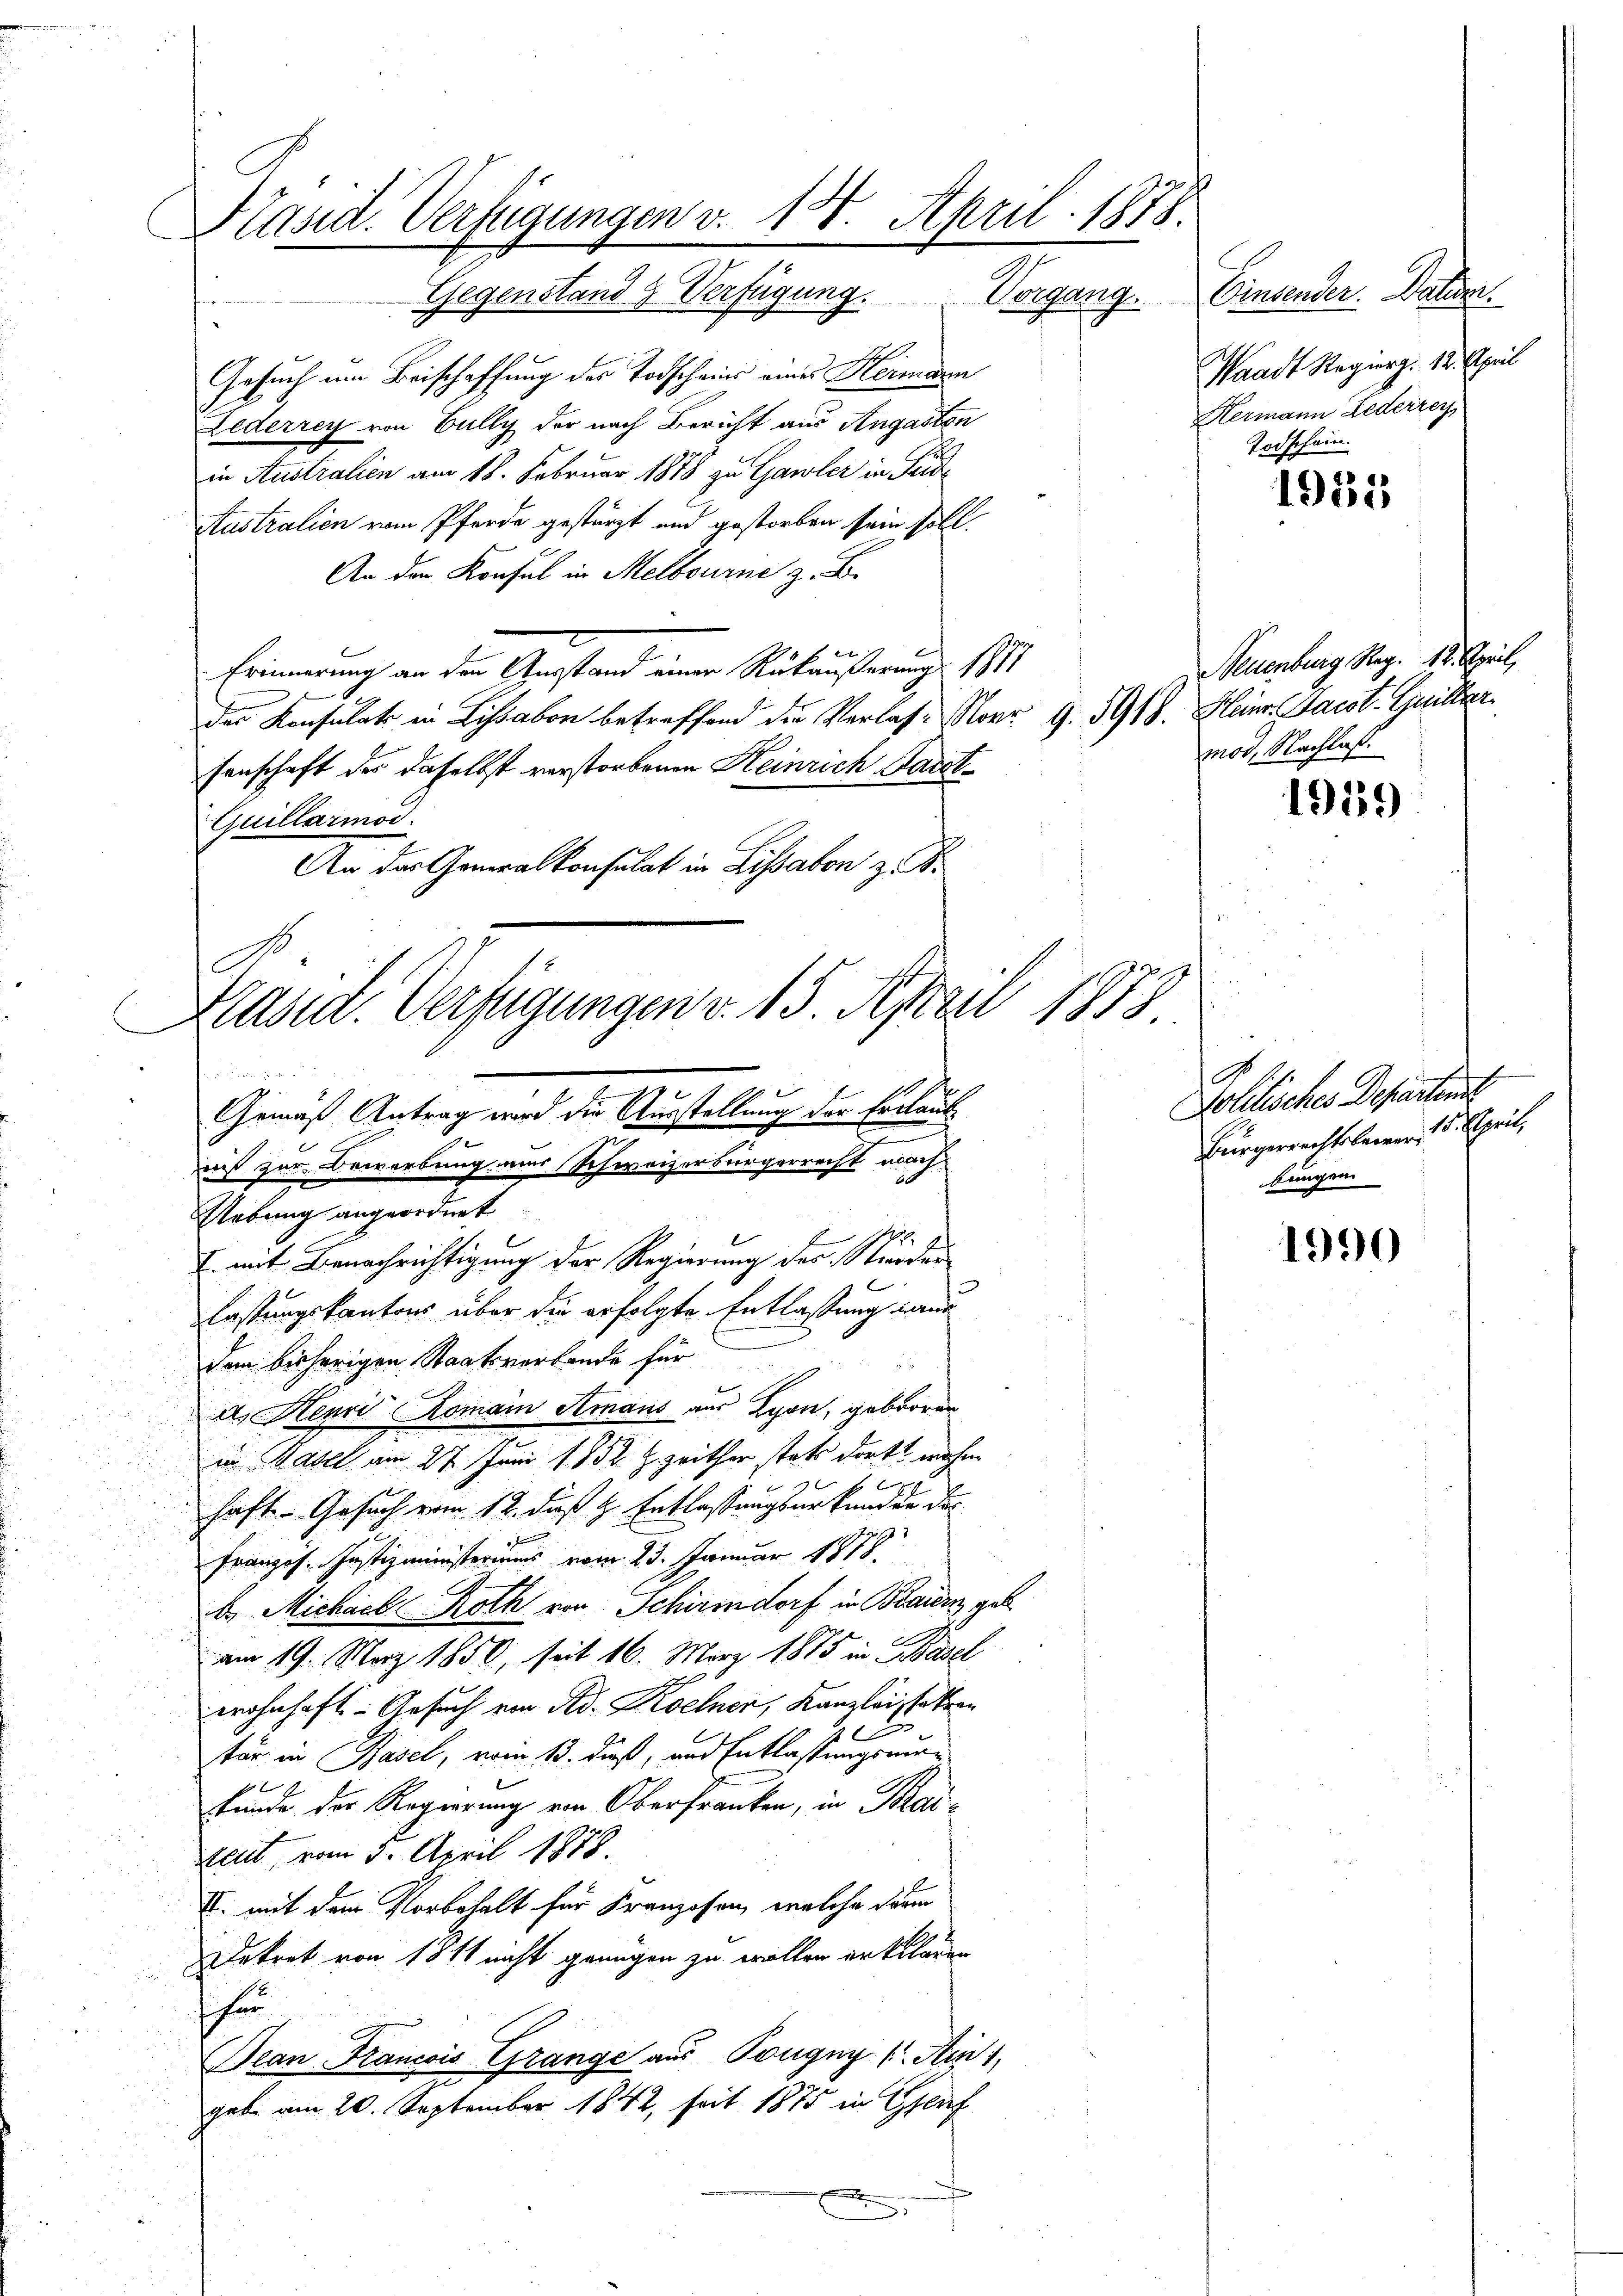
Pasit. Verfügungen v. 18. April 1878.

Gegenstand & Verfügung.
Gesuch um Beischaffung des Todschein eines Heimann
Lederrey von Bully der nach Bericht aus Angasten
in Australien am 18. Februar 1878 zu Gawler in Seide
Australien vom Pferde gestürzt und gestorben sein soll.
An der Konsul in Melbourne z. B.
t
Erinnerung an den Ausstand einer Rükäußerung 1877
das Konsulats in Lissabon betreffend die Verlas-Norr 9. 5918. Heinr. Saest. Guiller
senschaft der daselbst verstorbenen Heinrich Hart¬
Quillarmod.
An der General Konsulat in Lissabon z. B.

Gemäß Antrag wird die Ausstellung der Erlaut
e
aß zur Bewerbung mir Schweizerbürgerrecht mach
Uebung angeordnet
I. mit Benachrichtigung der Regierung des Stunder
lastungskantons über die erfolgte Entlassung aus

Kasid. Verfügungen v. 15. April 1878

dem bisherigen Staatsverbande für
a. Henri Romain Amans aus Lyon, geboren
in Basel am 27. Juni 1852 Z. zeithen stets dort nahm
1
haft. Gesuch vom 12. daß H. Entlassungsurkunden das

Franzos. Justizministeriums vom 23. Januar 1818.
b. Michael Roth von Schirmdorf in Baiern geb.
am 19. März 1850, seit 16. März 1875 in Basel
wohnhaft- Gesuch von Ad. Kochnen, Kanzlei statten
tär in Basel, vom 15. dieß, und Entlassungswurkunde der Regierung von Oberfranken, in Kai-
keit, vom 5. April 1878.
I. mit dem Vorbehalt für Kranzosen, welche darin
Dekret von 1811 nicht genügen zu wollen erklären
han
ean Francois Grange aus Pougny ( Ain 1
gabe am 20. September 1842, seit 1875 in Genf
f

1

g

Einsender. Datum
Vorgang.
Waadt Regierg. 12. April
Hermann Lederzey
Todschein

1932

Neuenburg, Rag. 12. April,
mod, Nachlaß.

1919

Politisches Departient
Bürgerrechtsbewer, 15. April,
bungen.

1990